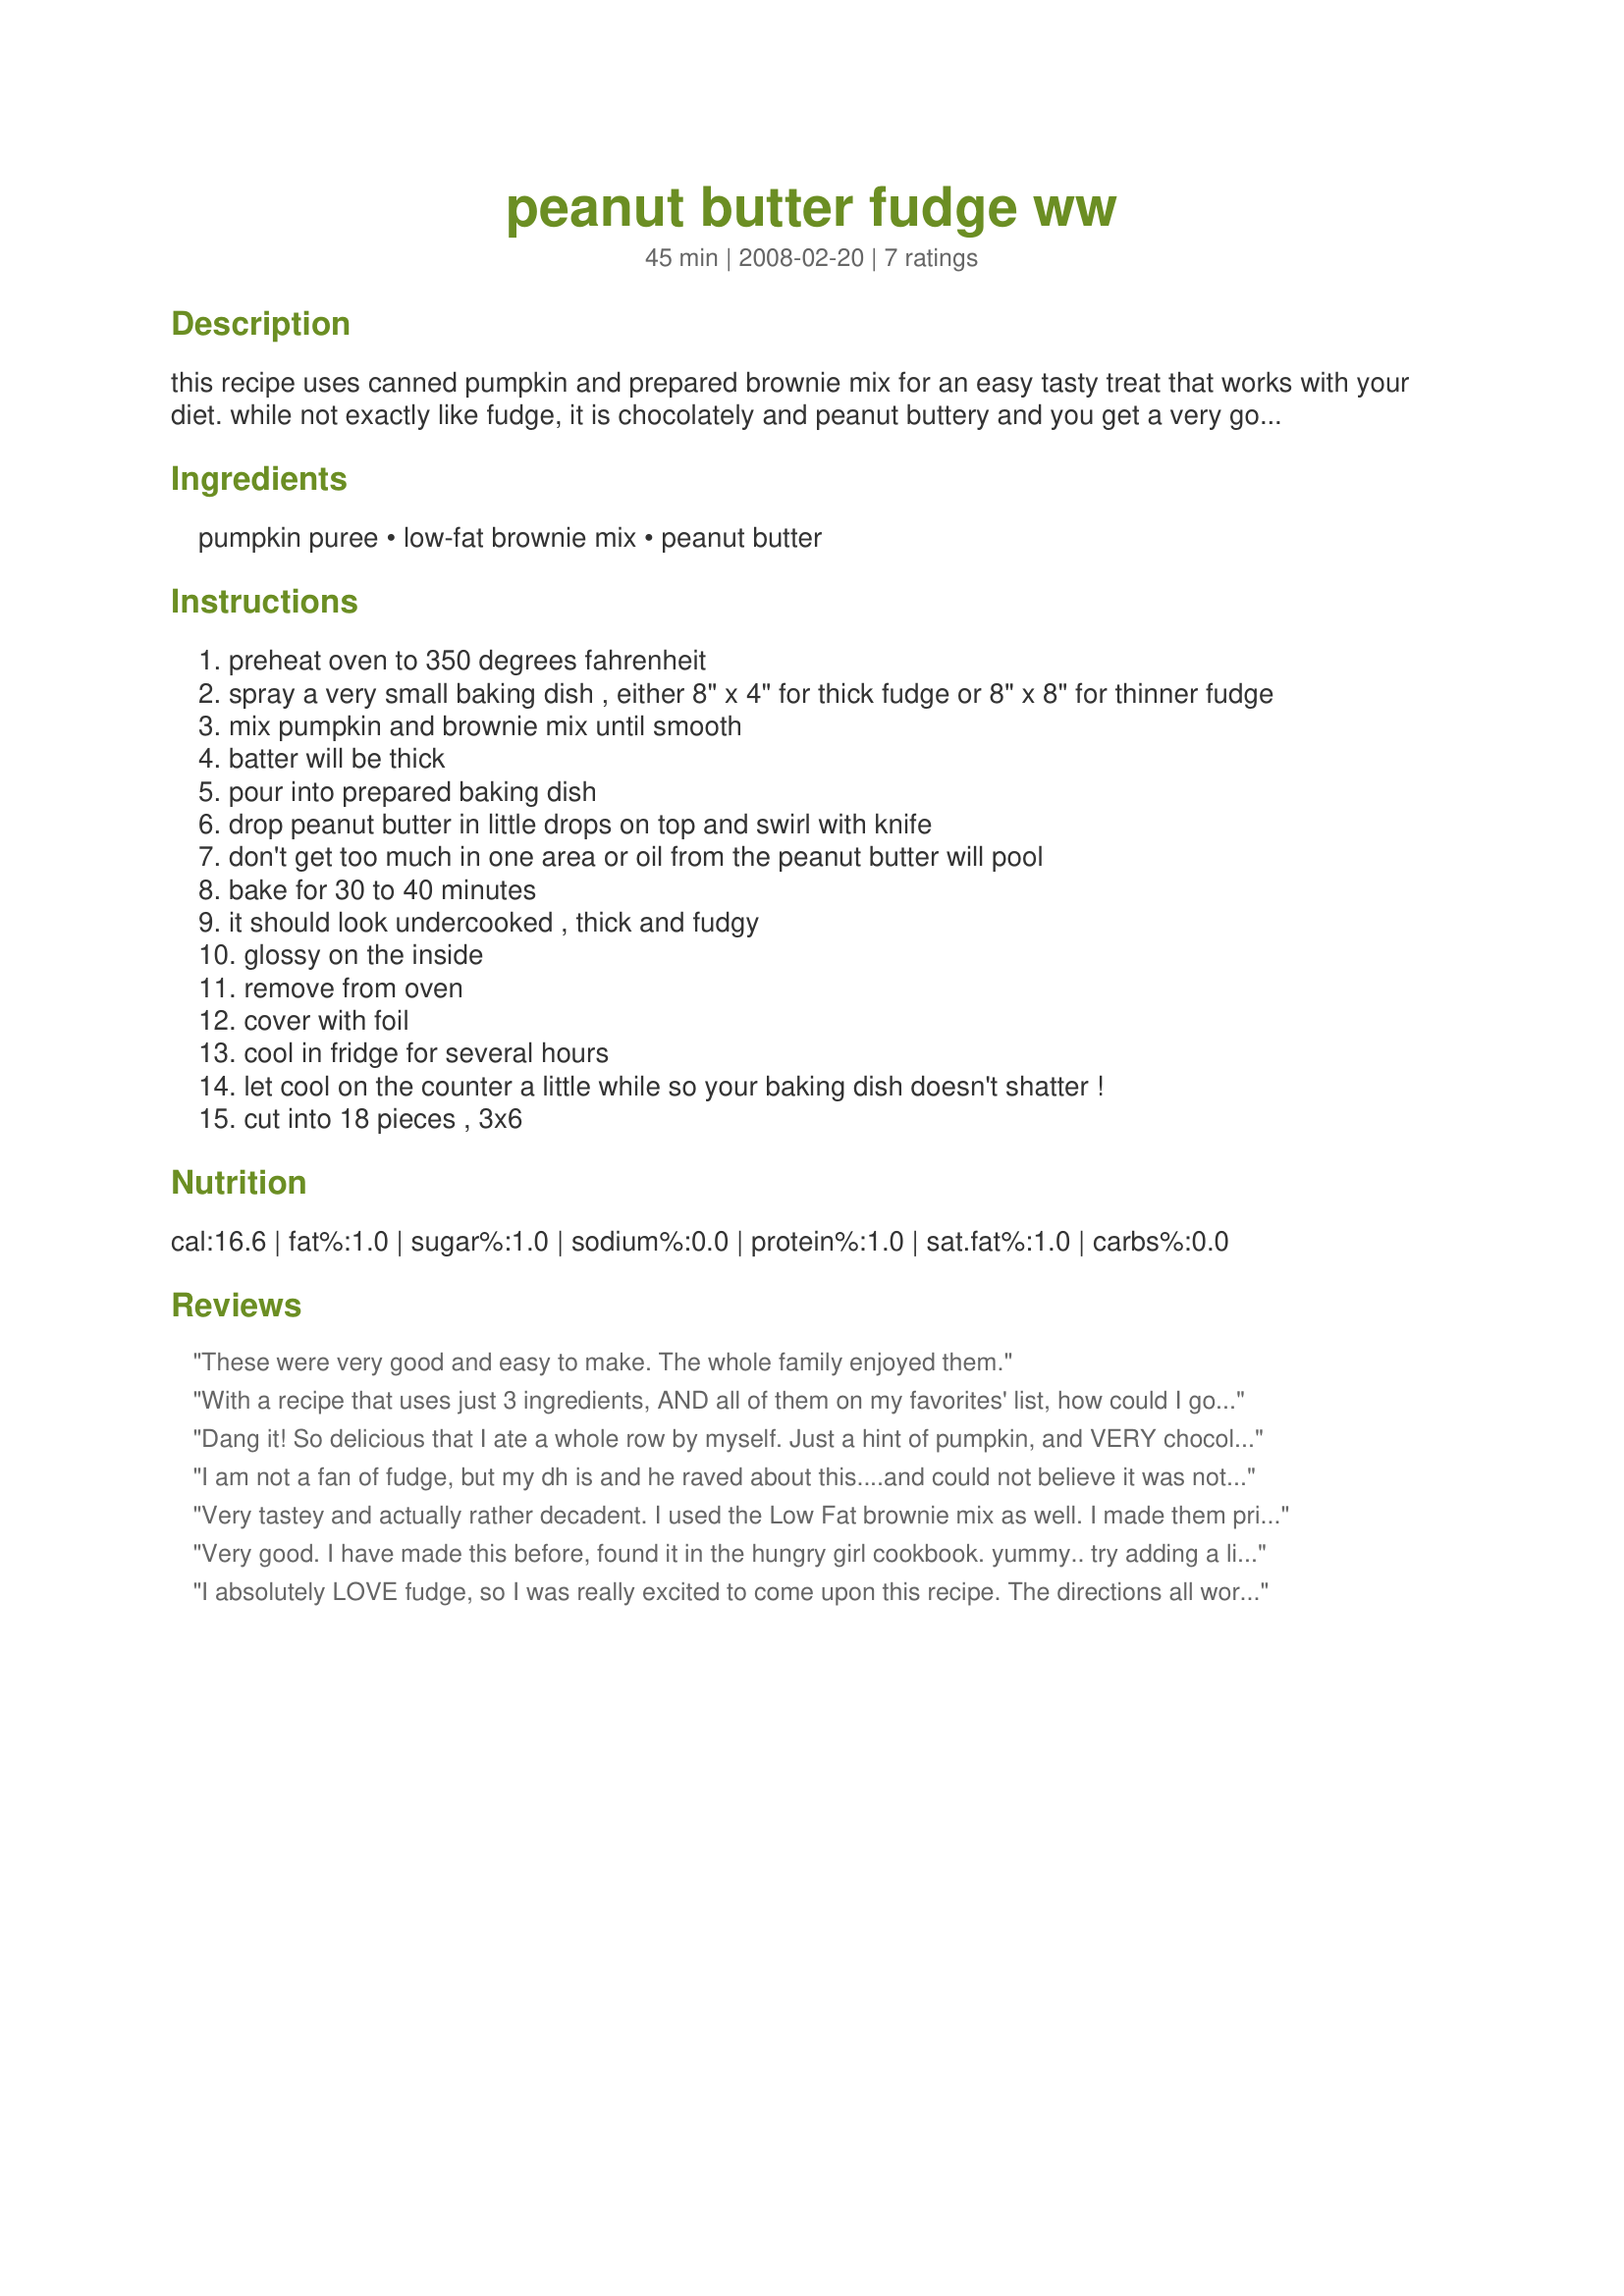
peanut butter fudge ww
Preparation time: 45 minutes

this recipe uses canned pumpkin and prepared brownie mix for an easy tasty treat that works with your diet. while not exactly like fudge, it is chocolately and peanut buttery and you get a very good size piece in one serving! must be eaten with a fork - messy! the pumpkin flavor does come through some, so beware if you aren't a pumpkin fan. i make this recipe with a betty crocker low fat brownie mix.

Ingredients:
pumpkin puree, low-fat brownie mix, peanut butter

Steps:
preheat oven to 350 degrees fahrenheit
spray a very small baking dish , either 8" x 4" for thick fudge or 8" x 8" for thinner fudge
mix pumpkin and brownie mix until smooth
batter will be thick
pour into prepared baking dish
drop peanut butter in little drops on top and swirl with knife
don't get too much in one area or oil from the peanut butter will pool
bake for 30 to 40 minutes
it should look undercooked , thick and fudgy
glossy on the inside
remove from oven
cover with foil
cool in fridge for several hours
let cool on the counter a little while so your baking dish doesn't shatter !
cut into 18 pieces , 3x6

Reviews:
These were very good and easy to make. The whole family enjoyed them.
With a recipe that uses just 3 ingredients, AND all of them on my favorites' list, how could I go wrong! I used my stand-by brownie mix, Ghirardelli Chocolate Triple Chocolate Brownies mix & went from there for a GREAT CHOCOHOLIC FIX! Definitely a keeper, too! Thanks much for sharing! [Tagged, made & reviewed in Newest Zaar Tag cooking game]!
Dang it! So delicious that I ate a whole row by myself. Just a hint of pumpkin, and VERY chocolatey and gooey. I cooked mine for the prescribed 30 minutes and the edges were a bit brownie-like, but the pieces towards the middle were more of a fudge texture. An excellent treat.
I am not a fan of fudge, but my dh is and he raved about this....and could not believe it was not bad him! He said it is definitely a keeper!
Very tastey and actually rather decadent. I used the Low Fat brownie mix as well. I made them primarily for my husband, and I didn't tell him about the pumpkin. He didn't complain!
Very good. I have made this before, found it in the hungry girl cookbook. yummy..
try adding a little splenda and some cocoa powder,, it tastes even better i think
I absolutely LOVE fudge, so I was really excited to come upon this recipe. The directions all worked well, and the fudge itself chilled well and was easy to cut and handle in so that it looked just like fudge, but the resemblance for all of us here ended right there. It does have a fudgey flavor and the peanut butter stands out, so the pumpkin really didn't come through much. Although the recipe says the fudge does not taste "exactly" like fudge, the fudge was not really sweet enough to me, having a texture that reminded me of Play-dough" for some reason, with my husband describing it as "spongy". I am sorry I can't give a higher rating, but this truly didn't work out for us at all, and I would never consider trying it again. Again sorry, but remember this rating is only about the recipe and has nothing to do with you, so don't feel badly. ~Sue
